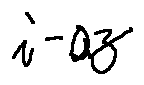
i - a z